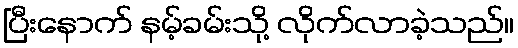
ပြီးနောက် နမ့်ခမ်းသို့ လိုက်လာခဲ့သည်။